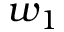
w _ { 1 }